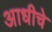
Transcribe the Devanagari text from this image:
अाधीचे